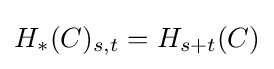
H_{*}(C)_{s,t}=H_{s+t}(C)